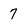
Character: 7